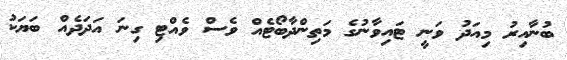
ބުނާއިރު މިއަދު ވަނީ ޓައިވާނުގެ މަތިންދާބޯޓެއް ވެސް ވެއްޓި ގިނަ އަދަދެއް ބަޔަކު